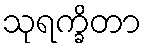
သုရက္ခိတာ